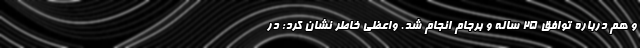
و هم درباره توافق ۲۵ ساله و برجام انجام شد. واعظی خاطر نشان کرد: در